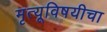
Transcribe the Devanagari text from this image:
मृत्यूविषयीचा